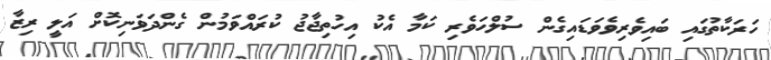
ހަރަކާތުގައި ބައިވެރިވެވަޑައިގެން ސުލްހަވެރި ކަމާ އެކު އިހުތިޖާޖު ކުރައްވަމުން ގެންދަވަނިކޮށް އަލީ ރިޒާ